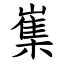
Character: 㠍